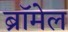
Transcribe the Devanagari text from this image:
ब्रॉमेल